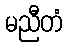
မညီတံ